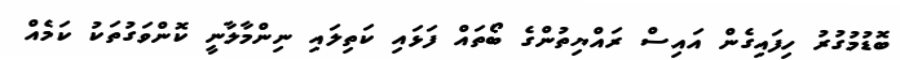
ބޮޑުމުގުރު ހިފައިގެން އައިސް ރައްޔިތުންގެ ބޯތައް ފަޅައި ކަތިލައި ނިންމާލާނީ ކޮންވަގުތަކު ކަމެއް